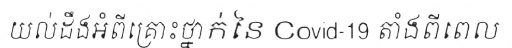
យល់ដឹងអំពីគ្រោះថ្នាក់នៃ Covid-19 តាំងពីពេល